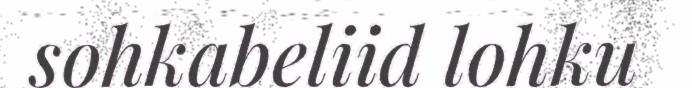
sohkabeliid lohku